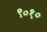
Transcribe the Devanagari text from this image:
९०१०